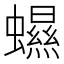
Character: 䗾